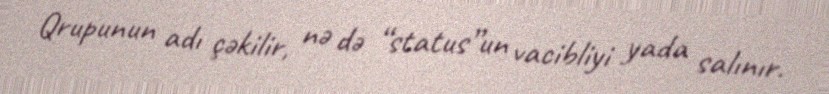
Qrupunun adı çəkilir, nə də “status”un vacibliyi yada salınır.